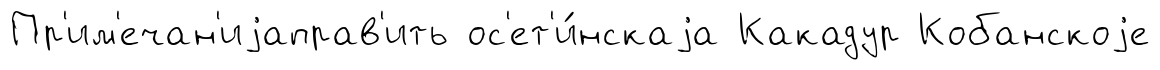
Пр'им'ечан'иjаправ'ить ос'ет'и́нскаjа Какадур Кобанскоjе